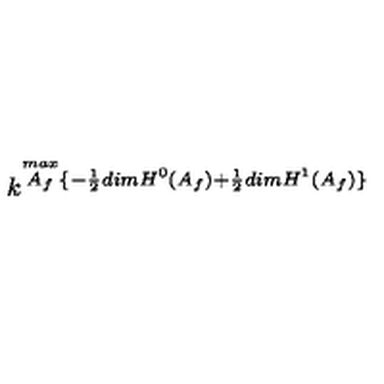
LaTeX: k ^ { \stackrel { m a x } { A _ { f } } \lbrace - \frac { 1 } { 2 } d i m H ^ { 0 } ( A _ { f } ) + \frac { 1 } { 2 } d i m H ^ { 1 } ( A _ { f } ) \rbrace }